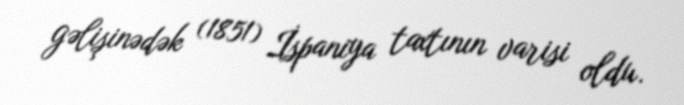
gəlişinədək (1851) İspaniya taxtının varisi oldu.